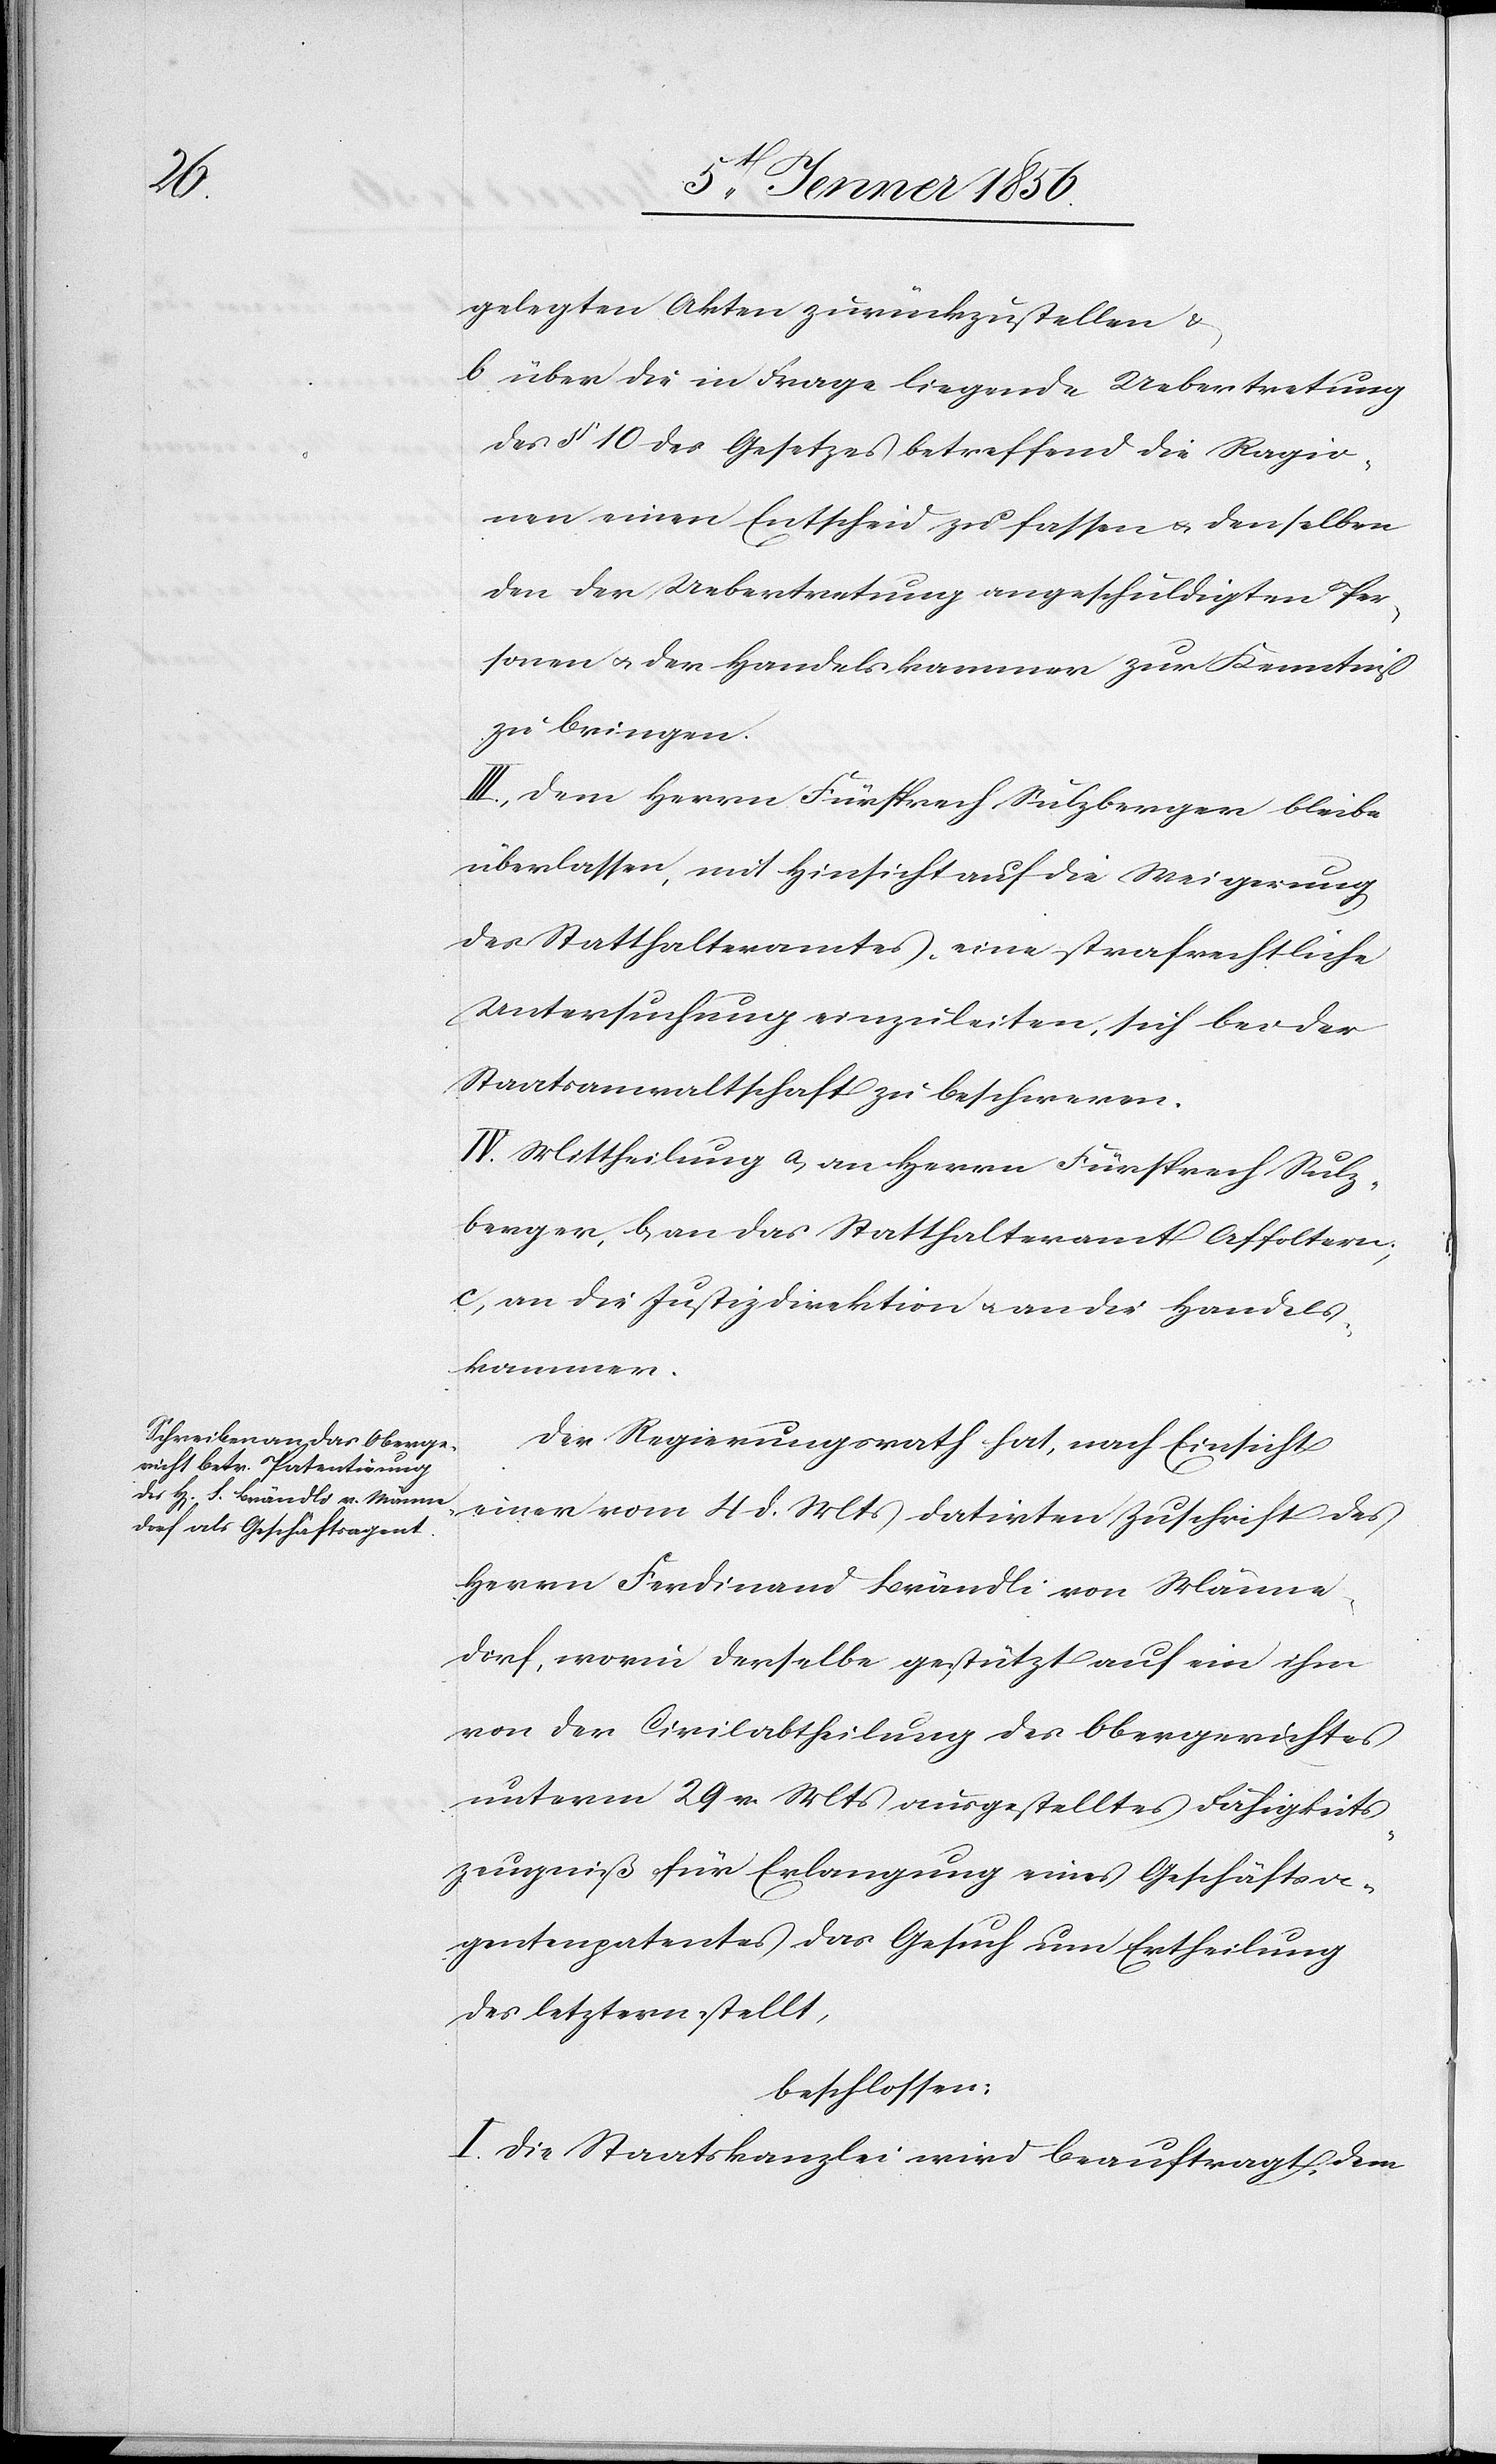
gelegten Akten zurückzustellen u.
b über die in Frage liegende Uebertretung
des § 10 des Gesetzes betreffend die Ragio¬
nen einen Entscheid zu fassen u. denselben
den der Uebertretung angeschuldigten Per¬
sonen u. der Handelskammer zur Kenntniß
zu bringen.
III. Dem Herrn Fürsprech Sulzberger bleibe
überlassen, mit Hinsicht auf die Weigerung
des Statthalteramtes, eine strafrechtliche
Untersuchung einzuleiten, sich bei der
Staatsanwaltschaft zu beschweren.
IV. Mittheilung a, an Herrn Fürsprech Sulz¬
berger, b, an das Statthalteramt Affoltern;
c, an die Justizdirektion u. an die Handels¬
kammer.
Der Regierungsrath hat, nach Einsicht
einer vom 4 d. Mts datirten Zuschrift des
Herrn Ferdinand Brändli von Männe¬
dorf, worin derselbe gestützt auf ein ihm
von der Civilabtheilung des Obergerichtes
unterm 29 v. Mts ausgestelltes Fähigkeits¬
zeugniß für Erlangung eines Geschäftsa¬
gentenpatentes das Gesuch um Ertheilung
des letztern stellt,
beschlossen:
I. Die Staatskanzlei wird beauftragt, dem